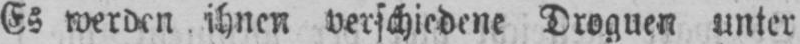
Es werden ihnen verschiedene Droguen unter